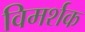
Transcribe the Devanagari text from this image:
विमर्शक